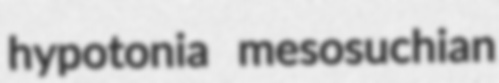
hypotonia mesosuchian